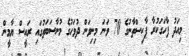
މިއަދު ފާހަގަކުރާ ޕާކިސްތާނުގެ 70 ވަނަ މިނިވަން ދުވަހުގެ މުނާސަބަތުގައި ރައީސް ޔާމީން